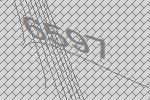
6597